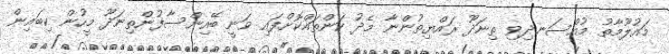
މައުލޫމާތު މުއްސަނދިވި ތިނަދޫ ރައްޔިތުންނާ މެދު ކަންތައްކޮށްފައި ވަނީ ބޭއިންސާފުންތިނަދޫ މީހުން ކިބައިން